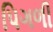
પિગળી